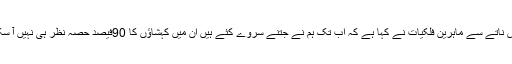
اس ناتے سے ماہرین فلکیات نے کہا ہے کہ اب تک ہم نے جتنے سروے کئے ہیں ان میں کہشاؤں کا 90فیصد حصہ نظر ہی نہیں آ سکا۔